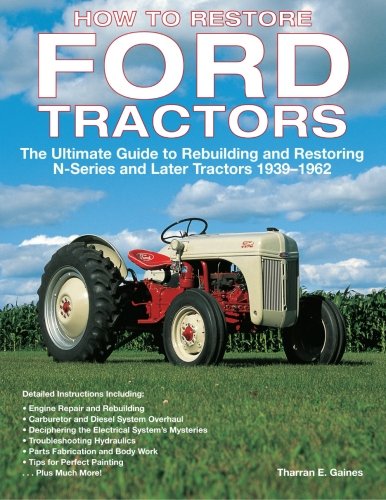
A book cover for How to Restore Ford Tractors: The Ultimate Guide to Rebuilding and Restoring N-Series and Later Tractors 1939-1962; Tharran E Gaines; Engineering & Transportation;